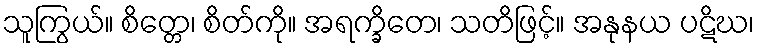
သူကြွယ်။ စိတ္တေ၊ စိတ်ကို။ အရက္ခိတေ၊ သတိဖြင့်။ အနုနယ ပဋိဃ၊